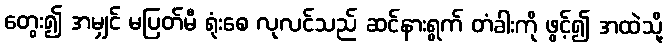
တွေး၍ အမျှင် မပြတ်မီ ရုံးစေ လုလင်သည် ဆင်နားရွက် တံခါးကို ဖွင့်၍ အထဲသို့